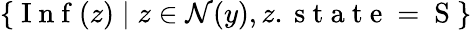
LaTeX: \{ \mathrm{~I~n~f~}(z)\; |\; z\in\mathcal{N}(y),z.\mathrm{~s~t~a~t~e~=~S~}\}